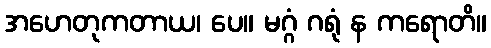
အဟေတုကတာယ၊ ပေ။ မဂ္ဂံ ဂရုံ န ကရောတိ။